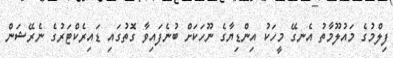
ފިލްމުގެ މައުލޫމާތު އެނގޭ މީހަކު އިންޑިޔާގެ ނޫހަކަށް ބުނެފައިވާ ގޮތުގައި ޑައިރެކްޓަރުގެ ނެރޭޝަން